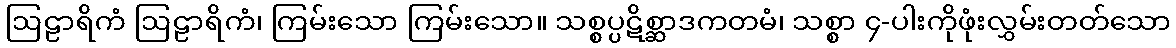
ဩဠာရိကံ ဩဠာရိကံ၊ ကြမ်းသော ကြမ်းသော။ သစ္စပ္ပဋိစ္ဆာဒကတမံ၊ သစ္စာ ၄-ပါးကိုဖုံးလွှမ်းတတ်သော